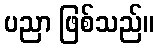
ပညာ ဖြစ်သည်။